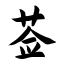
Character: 莶